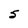
Character: 5